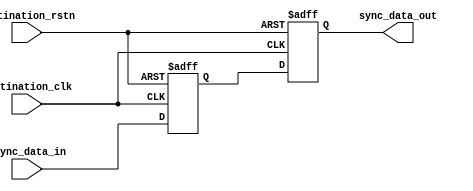
`timescale 1ns / 1ps
//////////////////////////////////////////////////////////////////////////////////
// Company: 
// Engineer: 
// 
// Design Name: 
// Module Name: ff_sync
// Project Name: 
// Target Devices: 
// Tool Versions: 
// Description: 
// 
// Dependencies: 
// 
// Revision:
// Revision 0.01 - File Created
// Additional Comments:
// 
//////////////////////////////////////////////////////////////////////////////////


module ff_sync_eio #
               (
               parameter DATA_SIZE = 1,
               parameter SYNC      = 1 
               )
               (
                input                     destination_clk,
                input                     destination_rstn,
                input   [DATA_SIZE-1 : 0] async_data_in,
                output  [DATA_SIZE-1 : 0] sync_data_out
               );
    
    reg [DATA_SIZE-1 : 0] stage2_ff;
    reg [DATA_SIZE-1 : 0] stage1_ff;
    
    generate 
        if (SYNC)
        begin
            // generate the sync flops
            always @ (posedge destination_clk or negedge destination_rstn)
            begin
                if(!destination_rstn)
                    {stage2_ff, stage1_ff} <= {{DATA_SIZE{1'b0}}, {DATA_SIZE{1'b0}}};
                else
                    {stage2_ff, stage1_ff} <= {stage1_ff, async_data_in};
            end
            
            // assignment of output stage
            assign sync_data_out = stage2_ff;
        end
        else
        begin
            assign sync_data_out = async_data_in;
        end
    endgenerate    
    
endmodule